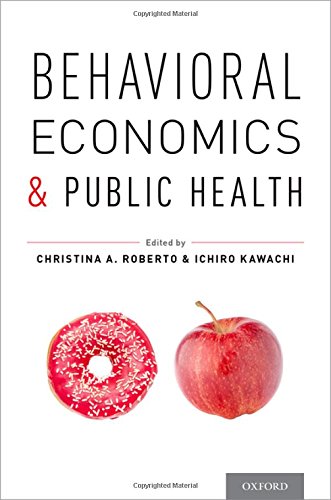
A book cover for Behavioral Economics and Public Health; Medical Books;